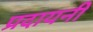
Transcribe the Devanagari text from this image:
प्रदायनी